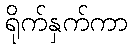
ရိုက်နှက်ကာ